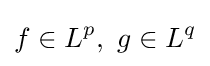
f\in L^{p},\ g\in L^{q}